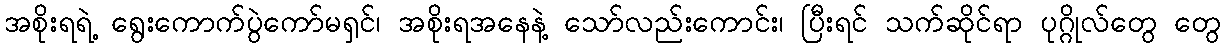
အစိုးရရဲ့ ရွေးကောက်ပွဲကော်မရှင်၊ အစိုးရအနေနဲ့ သော်လည်းကောင်း၊ ပြီးရင် သက်ဆိုင်ရာ ပုဂ္ဂိုလ်တွေ တွေ